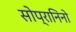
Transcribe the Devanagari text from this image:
सोप्रानिनो